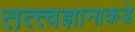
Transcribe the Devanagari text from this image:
तत्त्वज्ञानाकडे